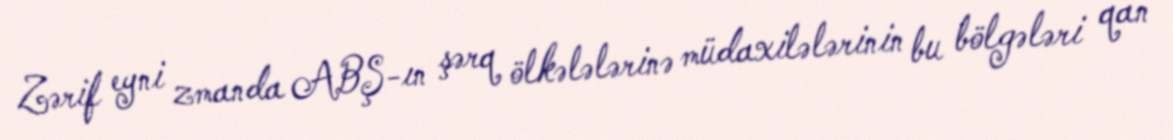
Zərif eyni zmanda ABŞ-ın şərq ölkələlərinə müdaxilələrinin bu bölgələri qan